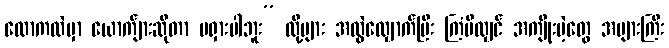
လောကထဲမှာ ယောက်ျားဆိုတာ မရှားပါဘူး” လို့များ အလွဲလျှောက်ပြီး ကြံမိလျှင် အကျိုးမဲ့တွေ အများကြီး